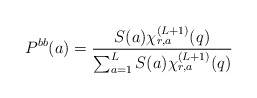
\begin{align*}P^{bb}(a)=\frac{S(a) \chi_{r,a}^{(L+1)}(q)}{\sum_{a=1}^L S(a) \chi_{r,a}^{(L+1)}(q)}\end{align*}